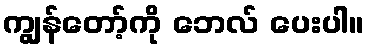
ကျွန်တော့်ကို ဘေလ် ပေးပါ။